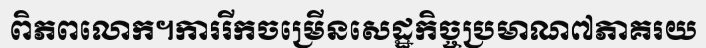
ពិភពលោក។ការរីកចម្រើនសេដ្ឋកិច្ចប្រមាណ៧ភាគរយ